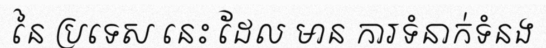
នៃ ប្រទេស នេះ ដែល មាន ការទំនាក់ទំនង